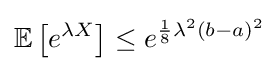
\mathbb {E} \left[e^{\lambda X}\right]\leq e^{{\frac {1}{8}}\lambda ^{2}(b-a)^{2}}